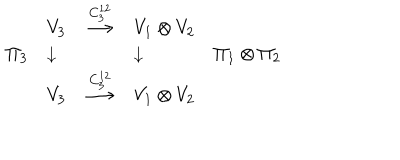
\begin{array} { l l c l l } { { } } & { { V _ { 3 } } } & { { \stackrel { C _ { 3 } ^ { 1 2 } } { \longrightarrow } } } & { { V _ { 1 } \otimes V _ { 2 } } } & { { } } \\ { { \Pi _ { 3 } } } & { { \downarrow } } & { { } } & { { \downarrow } } & { { \Pi _ { 1 } \otimes \Pi _ { 2 } } } \\ { { } } & { { V _ { 3 } } } & { { \stackrel { C _ { 3 } ^ { 1 2 } } { \longrightarrow } } } & { { V _ { 1 } \otimes V _ { 2 } } } & { { } } \\ \end{array}